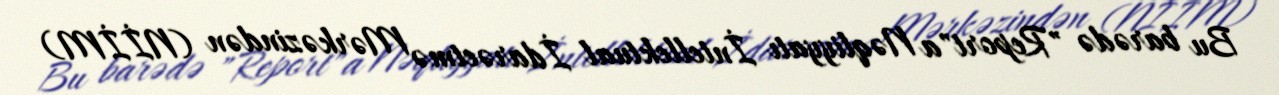
Bu barədə "Report"a Nəqliyyatı İntellektual İdarəetmə Mərkəzindən (NİİM)